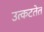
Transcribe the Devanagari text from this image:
उत्कटतेत